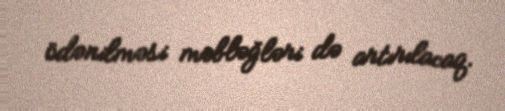
ödənilməsi məbləğləri də artırılacaq.